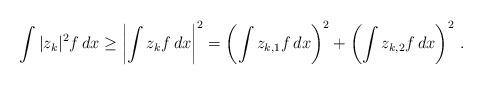
LaTeX: \begin{align*}\int |z_k|^2 f\, dx \ge \left|\int z_k f\, dx\right|^2 = \left( \int z_{k,1} f\, dx\right)^2 + \left( \int z_{k,2} f\, dx\right)^2\,.\end{align*}